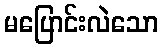
မပြောင်းလဲသော